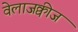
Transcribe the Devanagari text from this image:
वेलाजक्वीज